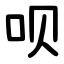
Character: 呗